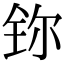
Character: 鿭